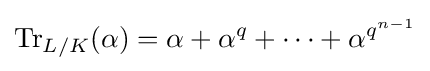
\operatorname {Tr} _{L/K}(\alpha )=\alpha +\alpha ^{q}+\cdots +\alpha ^{q^{n-1}}